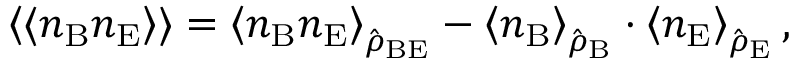
\left\langle \langle n _ { \mathrm { B } } n _ { \mathrm { E } } \right\rangle \rangle = \left\langle { n } _ { \mathrm { B } } { n } _ { \mathrm { E } } \right\rangle _ { \hat { \rho } _ { \mathrm { B E } } } - \left\langle { n } _ { \mathrm { B } } \right\rangle _ { \hat { \rho } _ { \mathrm { B } } } \cdot \left\langle { n } _ { \mathrm { E } } \right\rangle _ { \hat { \rho } _ { \mathrm { E } } } ,